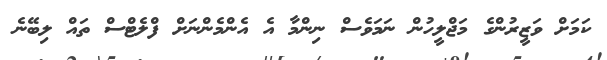
ކަމަށް ވަޒީރުންގެ މަޖްލީހުން ނަމަވެސް ނިންމާ އެ އެންމެންނަށް ފްލެޓްސް ތައް ލިބޭނެ